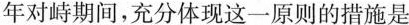
年对峙期间，充分体现这一原则的措施是